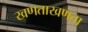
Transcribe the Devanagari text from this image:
खणताखणता